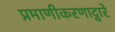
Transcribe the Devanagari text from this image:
प्रमाणीकरणाद्वारे